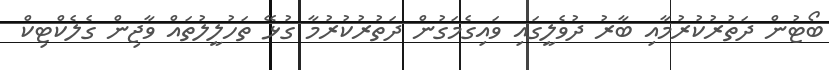
ބޯޓުން ދަތުރުކުރުމާއި ބާރު ދުވެލީގައި ވައިގެމަގުން ދަތުރުކުރުމާ ގުޅޭ ތަހުލީލުތައް ވާޖިން ގެލެކްޓިކް